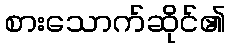
စားသောက်ဆိုင်၏